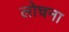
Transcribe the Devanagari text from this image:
लोचना